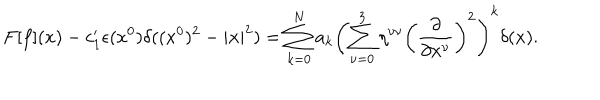
F [ f ] ( x ) - c _ { 1 } ^ { \prime } \epsilon ( x ^ { 0 } ) \delta ( ( x ^ { 0 } ) ^ { 2 } - | { \bf x } | ^ { 2 } ) = \sum _ { k = 0 } ^ { N } a _ { k } \left( \sum _ { \nu = 0 } ^ { 3 } \eta ^ { \nu \nu } \left( \frac { \partial } { \partial x ^ { \nu } } \right) ^ { 2 } \right) ^ { k } \delta ( x ) .